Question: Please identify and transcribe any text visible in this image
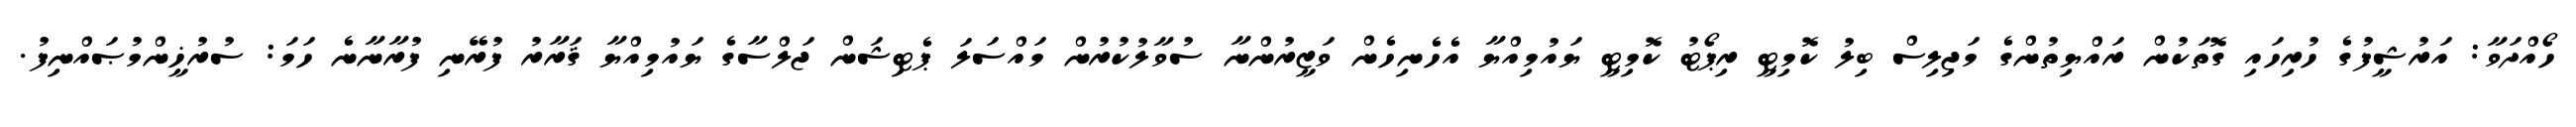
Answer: ހޯއްދަވާ: އަރުޝީފުގެ ހުރިހައި ގޮތަކުން ރައްޔިތުންގެ މަޖިލިސް ބިލު ކޮމިޓީ ރިޕޯޓު ކޮމިޓީ ޔައުމިއްޔާ އެހެނިހެން ވަޒީރުންނާ ސުވާލުކުރުން މައްސަލަ ޕެޓިޝަން ޖަލްސާގެ ޔައުމިއްޔާ ޤަރާރު ފުރޭނި ފުރާނާނެ ހަމަ: ސުރުޚީންމުޞައްނިފު.